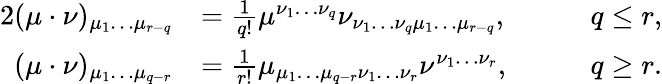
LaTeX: \begin{array}{rlrl}{{2}(\mu\cdot\nu)_{\mu_{1}\ldots\mu_{r-q}}}&{=\frac{1}{q!}\mu^{\nu_{1}\ldots\nu_{q}}\nu_{\nu_{1}\ldots\nu_{q}\mu_{1}\ldots\mu_{r-q}},}&&{\quad q\leq r,}\\ {(\mu\cdot\nu)_{\mu_{1}\ldots\mu_{q-r}}}&{=\frac{1}{r!}\mu_{\mu_{1}\ldots\mu_{q-r}\nu_{1}\ldots\nu_{r}}\nu^{\nu_{1}\ldots\nu_{r}},}&&{\quad q\geq r.}\end{array}